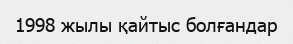
1998 жылы қайтыс болғандар